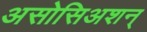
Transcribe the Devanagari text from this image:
असोसिअशन्